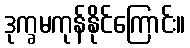
ဒုက္ခမကုန်နိုင်ကြောင်း။